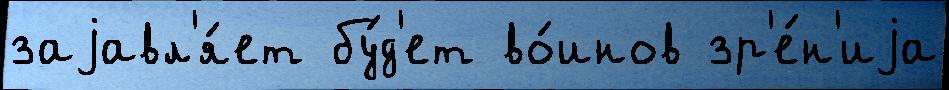
заjавл'я́ет бу́д'ет во́инов зр'е́н'иjа